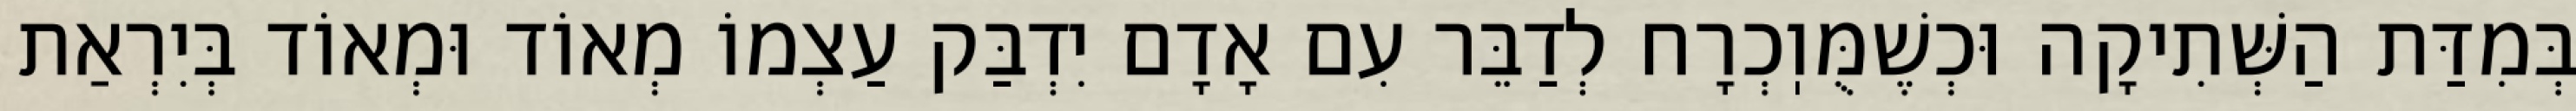
בְּמִדַּת הַשְּׁתִיקָה וּכְשֶׁמֻּוֽכְרָח לְדַבֵּר עִם אָדָם יִדְבַּק עַצְמוֹ מְאוֹד וּמְאוֹד בְּיִרְאַת